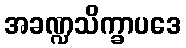
အခဏ္ဍသိက္ခာပဒေ